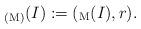
LaTeX: \begin{align*}_{(\mathrm{M})}(I):=(_\mathrm{M}(I),r).\end{align*}